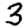
Digit: 3